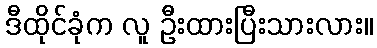
ဒီထိုင်ခုံက လူ ဦးထားပြီးသားလား။